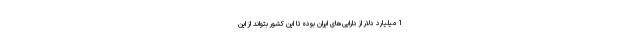
1 میلیارد دلار از دارایی‌های ایران بوده تا این کشور بتواند از این